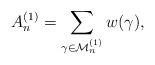
LaTeX: \begin{align*}A_{n}^{(1)}=\sum_{\gamma\in\mathcal{M}_{n}^{(1)}}w(\gamma),\end{align*}